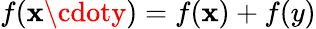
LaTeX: f(\mathbf{x}\cdoty)=f(\mathbf{x})+f(y)